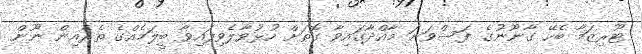
ޓޫރިޒަމާ ބެހޭ ގާނޫނުގެ ފަސްވަނަ މާއްދާގައިވާ ގޮތަށް ހުޅުވާލެވިފައިވާ ބީލަމެއްގެ ތެރެއިން ނޫން